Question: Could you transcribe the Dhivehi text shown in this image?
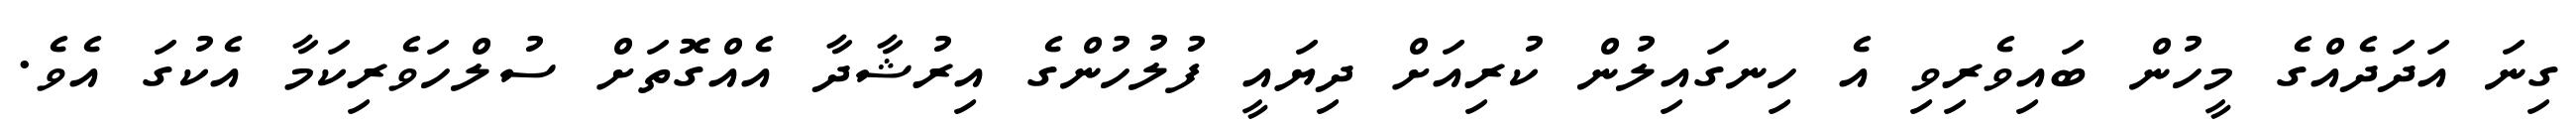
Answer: ގިނަ އަދަދެއްގެ މީހުން ބައިވެރިވި އެ ހިނގައިލުން ކުރިއަށް ދިޔައީ ފުލުހުންގެ އިރުޝާދާ އެއްގޮތަށް ސުލްހަވެރިކަމާ އެކުގަ އެވެ.